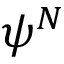
\psi ^ { N }